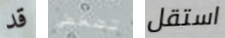
قد تضغطي استقل